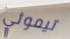
تيموثي